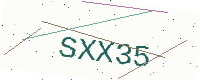
Text: SXX35